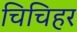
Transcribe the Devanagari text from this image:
चिचिहर